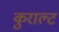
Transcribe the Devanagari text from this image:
कुराल्ट